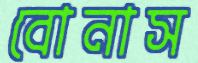
বোনাস